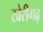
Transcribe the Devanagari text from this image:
खेरीगढ़